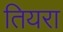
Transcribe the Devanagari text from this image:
तियरा